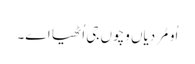
اُو مُردیاں وِچوں جی اُٹھیا اے۔